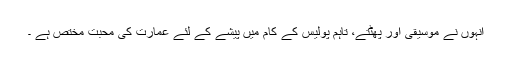
انہوں نے موسیقی اور پھٹتے، تاہم پولیس کے کام میں پیشے کے لئے عمارت کی محبت مختص ہے ۔